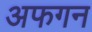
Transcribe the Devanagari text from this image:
अफगन